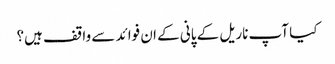
کیا آپ ناریل کے پانی کے ان فوائد سے واقف ہیں؟